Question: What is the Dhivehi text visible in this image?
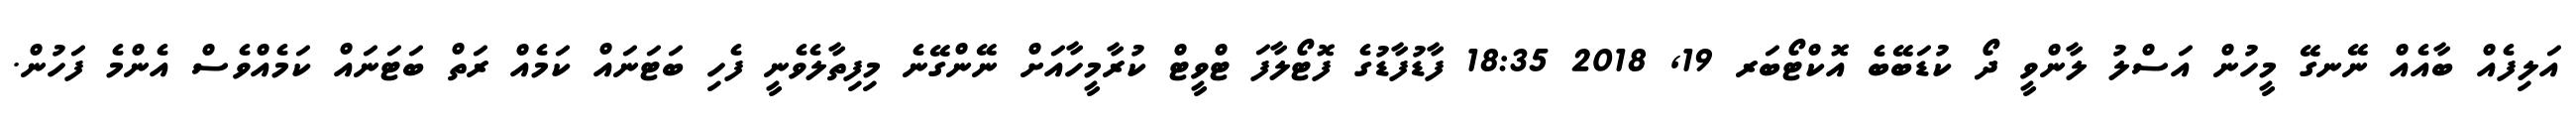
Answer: އަލިފެއް ބާއެއް ނޭނގޭ މީހުން އަސްލު ލާންވީ ދޯ ކުޑަބޭބެ އޮކްޓޯބަރ 19, 2018 18:35 ފާޑުފާޑުގެ ފޮޓޯލާފަ ޓްވީޓް ކުރާމީހާއަށް ނޭންގޭނެ މިފިތާލެވެނީ ފެހި ބަޓަނައް ކަމެއް ރަތް ބަޓަނައް ކަމެއްވެސް އެންމެ ފަހުން.